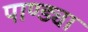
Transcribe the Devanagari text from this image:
पाण्ड्या